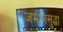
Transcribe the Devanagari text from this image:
जमीनसुद्धा